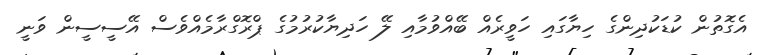
އެގޮތުން ކުޑަކުދިންގެ ހިޔާގައި ހަވީރެއް ބޭއްވުމާއި ލޭ ހަދިޔާކުރުމުގެ ޕްރޮގްރާމެއްވެސް އޭސީސީން ވަނީ